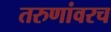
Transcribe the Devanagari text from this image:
तरुणांवरच